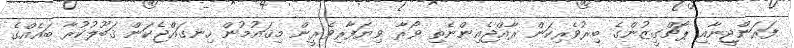
ފަރަންޖީނާއި ޕޯޗްގީޒުންގެ ބިރުވެރިކަން ރާއްޖެއިންނެތި ވޯރާ ވިޔަފާރިވެރީން މިޤައުމުން ހިނގައްޖެކަން ޤަބޫލުކުރާ ބައެއްގެ